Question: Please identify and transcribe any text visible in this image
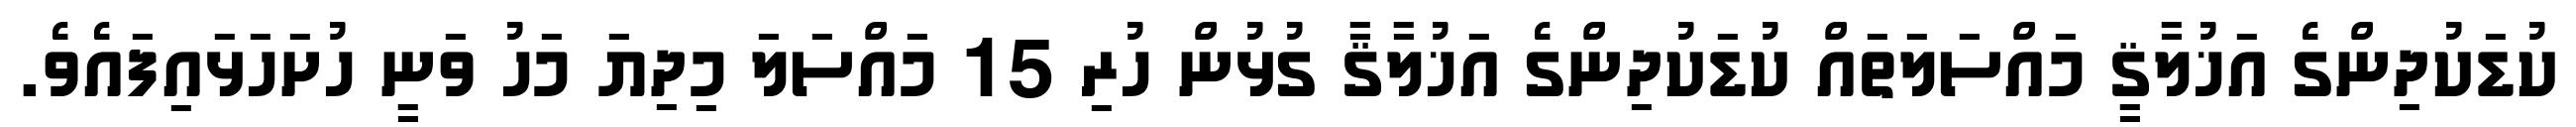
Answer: ކުޑަކުދިންގެ އަޚުލާޤީ މައްސަލަތައް ކުޑަކުދިންގެ އަޚުލާޤާ ގުޅުން ހުރި 15 މައްސަލަ މިދިޔަ މަހު ވަނީ ހުށަހަޅައިފައެވެ.